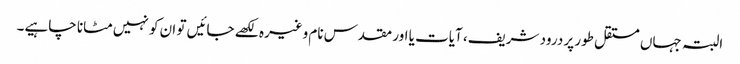
البتہ جہاں مستقل طور پر درود شریف، آیات یا اور مقدس نام وغیرہ لکھے جائیں تو ان کو نہیں مٹانا چاہیے۔